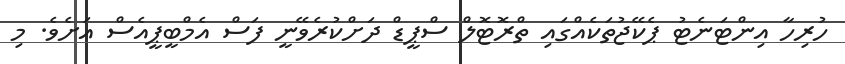
ހުރިހާ އިންޓަނެޓު ޕެކޭޖުތަކެއްގައި ތްރޮޓޮލް ސްޕީޑް ދަށްކުރެވޭނީ ފަސް އެމްބީޕީއެސް އަަށެވެ. މި